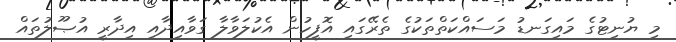
މި ޔުނިޓުގެ މައިގަނޑު މަސައްކަތްތަކުގެ ތެރޭގައި އޮފީހުން އެކުލަވާލާ ގަވާއިދާއި އިދާރީ އުޞޫލުތައް